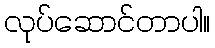
လုပ်ဆောင်တာပါ။